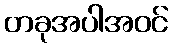
တခုအပါအဝင်